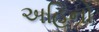
અહિનો